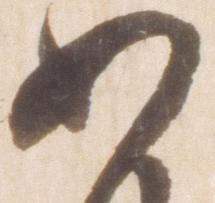
如